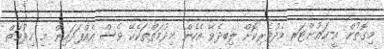
މިގޮތުން އީ-ކައުންޓަރ މެދުވެރިކޮށް ލިބިދެވޭ އެހެން ޚިދުމަތްތަކެކޭ ވެސް އެއްފަދައިން މި ޚިދުމަތް